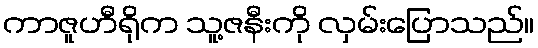
ကာဇူဟီရိုက သူ့ဇနီးကို လှမ်းပြောသည်။